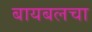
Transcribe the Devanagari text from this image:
बायबलचा